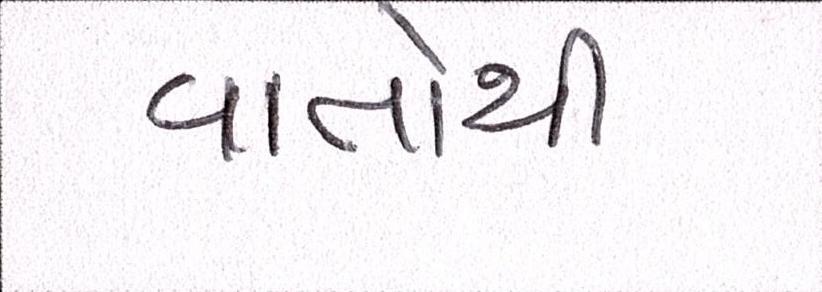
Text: વાતોથી